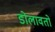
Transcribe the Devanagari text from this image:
डोलावतो